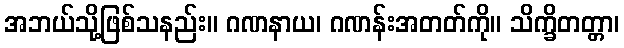
အဘယ်သို့ဖြစ်သနည်း။ ဂဏနာယ၊ ဂဏန်းအတတ်ကို။ သိက္ခိတတ္တာ၊